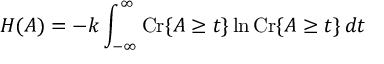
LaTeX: H ( A ) = - k \int _ { - \infty } ^ { \infty } \operatorname { C r } \lbrace A \geq t \rbrace \ln \operatorname { C r } \lbrace A \geq t \rbrace \, d t